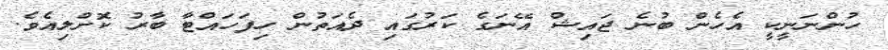
ހުންނަނީކީ އެހެން ބުނެ ޖައިޝް އޭނަގެ ކަރުގައި ދެއަތުން ހިފަހައްޓާ ބާރު ކޮށްލިއެވެ.